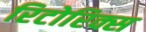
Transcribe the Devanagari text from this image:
रिटोरिक्स